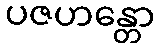
ပဇဟန္တော